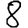
Digit: 8